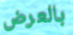
بالعرض